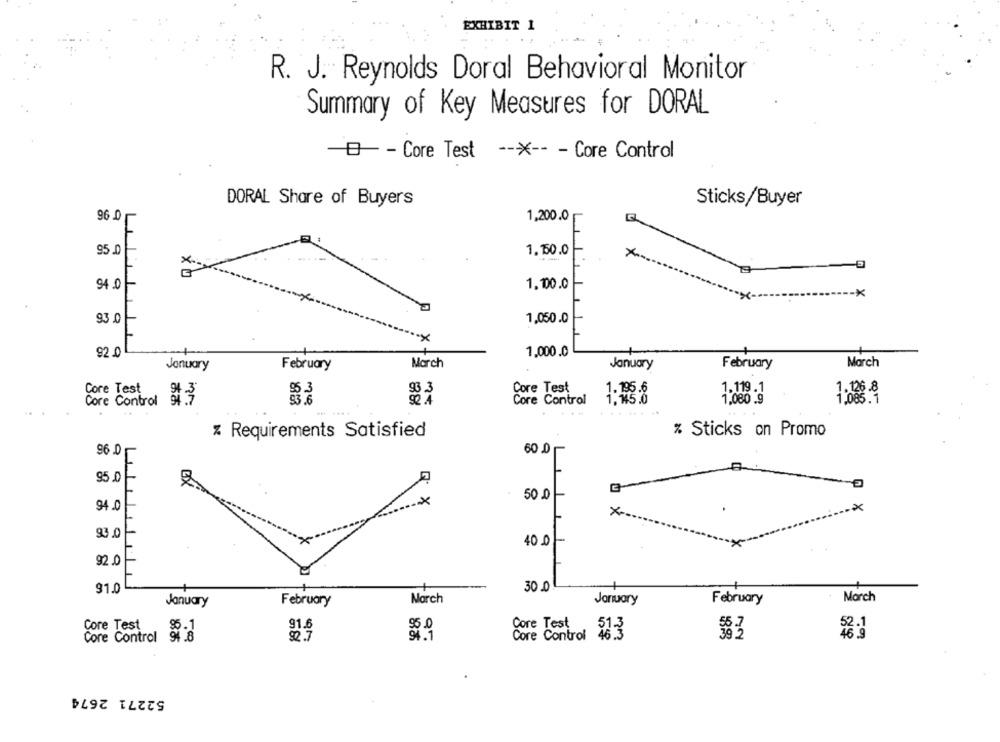
EXHIBIT 1
R. J. Reynolds Doral Behavioral Monitor
Summary of Key Measures for DORAL
-- - Core Test ---- - Core Control
DORAL Share of Buyers
Sticks/Buyer
96 .0
L
1,200.0
95.0
1,150.0
×
94.0
1.100.0
×
93 .0
1,050.0
92.0
1.000.0
March
March
January
February
January
February
Core Test
Core Test
1.195.6
1.119.1
1.126.8
Core Control 94.7
Core Control
1.15.0
1,080 9
z Requirements Satisfied
% Sticks on Promo
96 0
60 0
95.0
50 .0
Q. X
94.0
X --
×
93.0
400-
92.0
30.0
91.0
February
March
January
February
March
January
NU
Core Test
$5.1
91.
Core Test
Core Control
2.7
91.1
Core Control 46.3
46 9
52271 2674